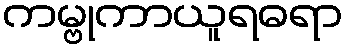
ကမ္ဗုကာယူရဓရာ